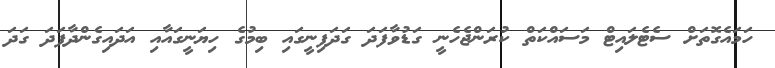
ހަމައެގޮތަށް ސެޓެލައިޓް މަސައްކަތް ކުރަންޖެހެނީ ގަޑުވާފަދަ ގަދަފިނީގައި ބިމުގެ ހިޔަނީގައާއި އަދައިގެންދާފަދަ ގަދަ